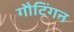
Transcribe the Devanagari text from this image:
गौटिंगन